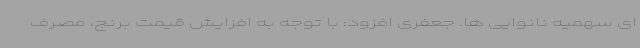
ای سهمیه نانوایی ها. جعفری افزود: با توجه به افزایش قیمت برنج، مصرف